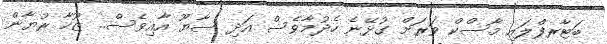
ބަޓާރފްލައި މާސްކް ވަރަށް ގުޅޭނެ ހެދުމާވެސް އަދި ސާޔޫ އާއިވެސް.. ޒޫހާ ރުޔާން